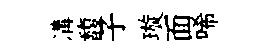
溝馥子璇面唏